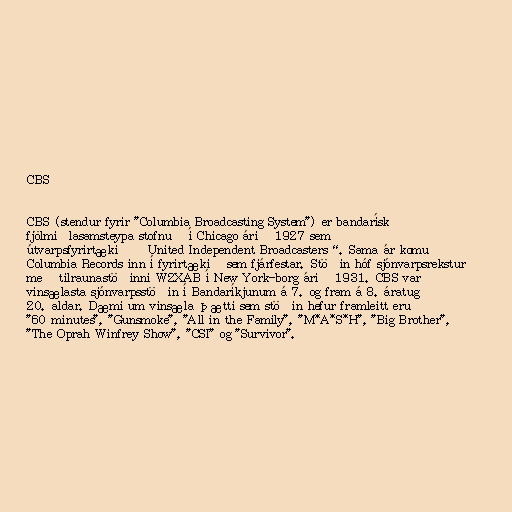
CBS

CBS (stendur fyrir "Columbia Broadcasting System") er bandarísk
fjölmiðlasamsteypa stofnuð í Chicago árið 1927 sem
útvarpsfyrirtækið „United Independent Broadcasters“. Sama ár komu
Columbia Records inn í fyrirtækið sem fjárfestar. Stöðin hóf sjónvarpsrekstur
með tilraunastöðinni W2XAB í New York-borg árið 1931. CBS var
vinsælasta sjónvarpsstöðin í Bandaríkjunum á 7. og fram á 8. áratug
20. aldar. Dæmi um vinsæla þætti sem stöðin hefur framleitt eru
"60 minutes", "Gunsmoke", "All in the Family", "M*A*S*H", "Big Brother",
"The Oprah Winfrey Show", "CSI" og "Survivor".